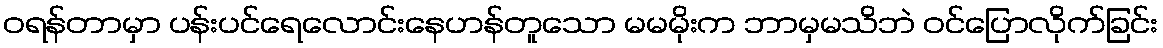
ဝရန်တာမှာ ပန်းပင်ရေလောင်းနေဟန်တူသော မမမိုးက ဘာမှမသိဘဲ ဝင်ပြောလိုက်ခြင်း